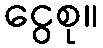
ငွေစု။